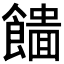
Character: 𩞮